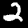
Digit: 2